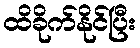
ထိခိုက်နိုင်ပြီး